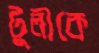
টুলীকে